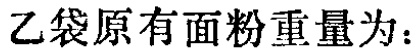
乙袋原有面粉重量为：